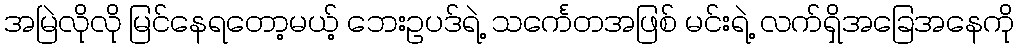
အမြဲလိုလို မြင်နေရတော့မယ့် ဘေးဥပဒ်ရဲ့ သင်္ကေတအဖြစ် မင်းရဲ့ လက်ရှိအခြေအနေကို